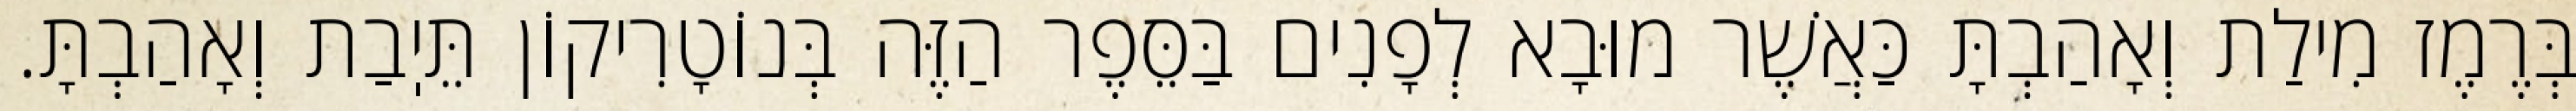
בְּרֶמֶז מִילַת וְאָהַבְתָּ כַּאֲשֶׁר מוּבָא לְפָנִים בַּסֵּפֶר הַזֶּה בְּנוֹטָרִיקוֹן תֵּיֽבַת וְאָהַבְתָּ.